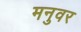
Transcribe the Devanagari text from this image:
मनुवर